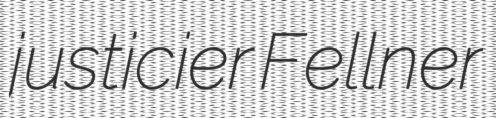
justicier Fellner